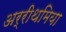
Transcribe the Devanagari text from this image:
अर्रीथमिया